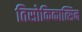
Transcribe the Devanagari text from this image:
तिसोकिकात्सिन